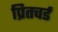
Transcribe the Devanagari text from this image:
प्रितचर्ड